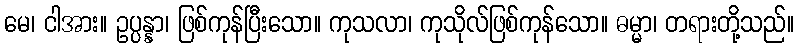
မေ၊ ငါအား။ ဥပ္ပန္နာ၊ ဖြစ်ကုန်ပြီးသော။ ကုသလာ၊ ကုသိုလ်ဖြစ်ကုန်သော။ ဓမ္မာ၊ တရားတို့သည်။